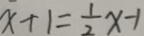
x + 1 = \frac { 1 } { 2 } x - 1